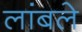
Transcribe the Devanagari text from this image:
लांबले